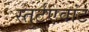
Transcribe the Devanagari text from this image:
स्तुर्टएवांट